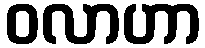
ဝလာဟာ